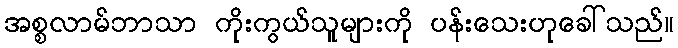
အစ္စလာမ်ဘာသာ ကိုးကွယ်သူများကို ပန်းသေးဟုခေါ်သည်။